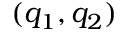
( q _ { 1 } , q _ { 2 } )